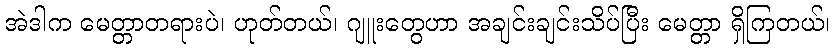
အဲဒါက မေတ္တာတရားပဲ၊ ဟုတ်တယ်၊ ဂျူးတွေဟာ အချင်းချင်းသိပ်ပြီး မေတ္တာ ရှိကြတယ်၊